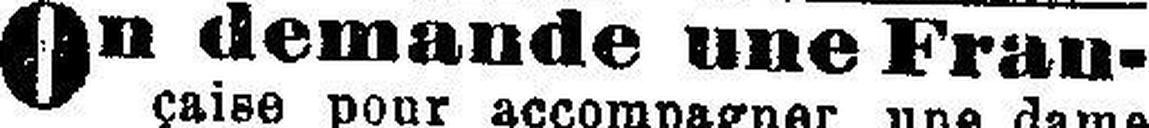
On demande une Fran¬